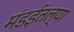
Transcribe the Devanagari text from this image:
मंडईतल्या